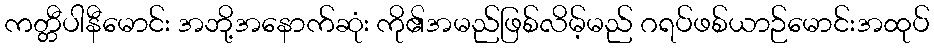
ကတ္တီပါနီမောင်း အဘို့အနောက်ဆုံး ကို၏အမည်ဖြစ်လိမ့်မည် ဂရပ်ဖစ်ယာဉ်မောင်းအထုပ်